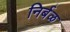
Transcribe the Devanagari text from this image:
निर्बळ